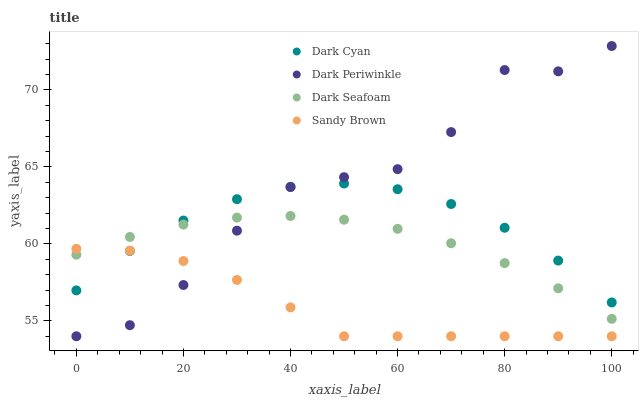
| xaxis_label | Dark Cyan | Dark Periwinkle | Dark Seafoam | Sandy Brown |
 | --- | --- | --- | --- | --- |
 | 0 | 57 | 54 | 59.3 | 59.7 |
 | 10 | 59.5 | 54.7 | 60.5 | 59.6 |
 | 20 | 61.5 | 57.3 | 61.3 | 58.9 |
 | 30 | 62.9 | 60.9 | 61.7 | 57.7 |
 | 40 | 63.7 | 63.7 | 61.8 | 55.9 |
 | 50 | 63.9 | 64.3 | 61.6 | 54 |
 | 60 | 63.5 | 64.9 | 61 | 54 |
 | 70 | 62.6 | 67.3 | 60 | 54 |
 | 80 | 61 | 71.3 | 58.8 | 54 |
 | 90 | 58.9 | 71.2 | 57.1 | 54 |
 | 100 | 56.2 | 72.9 | 55.1 | 54 |